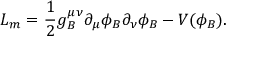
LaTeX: { \cal L } _ { m } = \frac { 1 } { 2 } g _ { B } ^ { \mu \nu } \partial _ { \mu } \phi _ { B } \partial _ { \nu } \phi _ { B } - V ( \phi _ { B } ) .